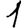
Digit: 1